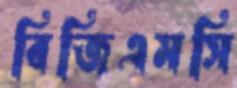
বিজিএমসি